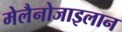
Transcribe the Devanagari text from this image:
मेलैनोजाइलान